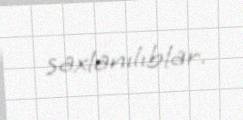
saxlanılıblar.